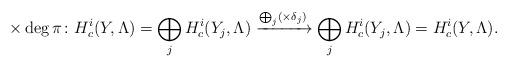
LaTeX: \begin{align*} \times\deg \pi\colon H^i_c(Y,\Lambda)=\bigoplus_j H^i_c(Y_j,\Lambda)\xrightarrow{\bigoplus_j (\times\delta_j)}\bigoplus_j H^i_c(Y_j,\Lambda)=H^i_c(Y,\Lambda). \end{align*}